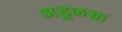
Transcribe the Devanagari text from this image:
अडूळसा